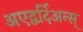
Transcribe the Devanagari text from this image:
अएद्वर्दिअन्स्